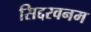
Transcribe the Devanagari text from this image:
सिद्दरवनम